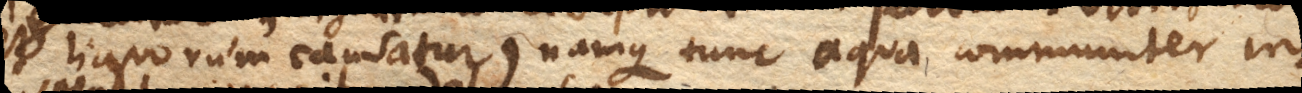
et liquorum causatur) namque tunc aqua communiter in–